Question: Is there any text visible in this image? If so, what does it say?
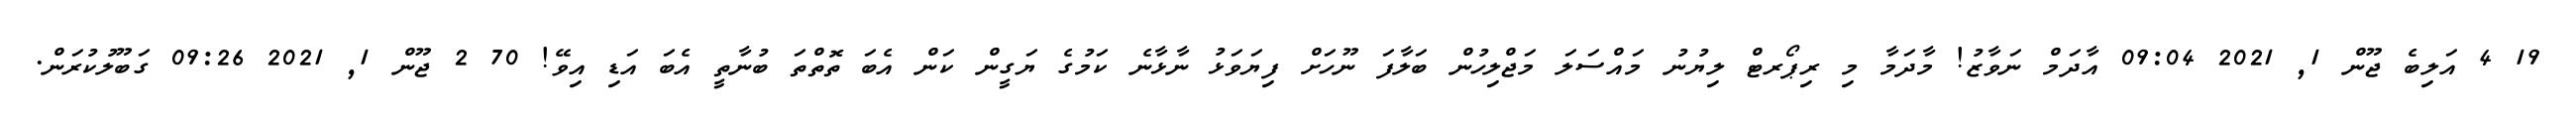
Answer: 19 4 އަލިބެ ޖޫން 1, 2021 09:04 އާދަމް ނަވާޒު! މާދަމާ މި ރިޕޯރޓް ލިޔުނު މައްސަލަ މަޖްލިހުން ބަލާފަ ނޫހަށް ފިޔަވަޅު ނާޅާނެ ކަމުގެ ޔަގީން ކަން އެބަ ތޮތްތަ ބުނާތީ އެބަ އަޑި އިވޭ! 70 2 ޖޫން 1, 2021 09:26 ގަބޫލުކުރަން.